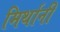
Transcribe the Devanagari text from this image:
मिर्थानी